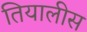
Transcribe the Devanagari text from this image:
तियालीस